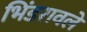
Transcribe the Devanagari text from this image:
भिंडरावले